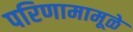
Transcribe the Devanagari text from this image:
परिणामामूळे